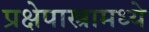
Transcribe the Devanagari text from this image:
प्रक्षेपास्त्रामध्ये